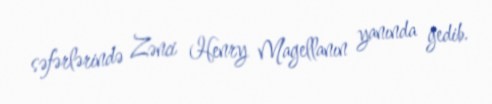
səfərlərində Zənci Henry Magellanın yanında gedib.